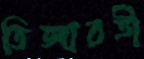
তিজারতী